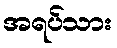
အရပ်သား